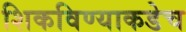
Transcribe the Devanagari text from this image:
शिकविण्याकडेच